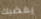
يغضبك